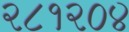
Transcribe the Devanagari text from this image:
२८१२०४